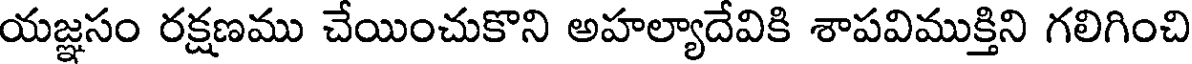
యజ్ఞసం రక్షణము చేయించుకొని అహల్యాదేవికి శాపవిముక్తిని గలిగించి